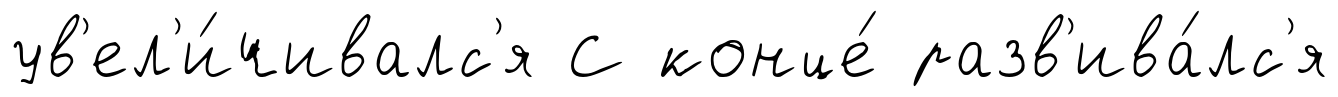
ув'ел'и́чивалс'я С конце́ разв'ива́лс'я